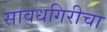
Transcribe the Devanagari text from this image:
सावधगिरीचा